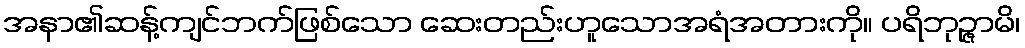
အနာ၏ဆန့်ကျင်ဘက်ဖြစ်သော ဆေးတည်းဟူသောအရံအတားကို။ ပရိဘုဉ္ဇာမိ၊